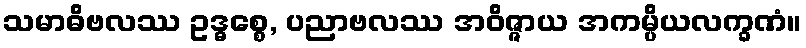
သမာဓိဗလဿ ဥဒ္ဓစ္စေ, ပညာဗလဿ အဝိဇ္ဇာယ အကမ္ပိယလက္ခဏံ။